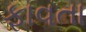
ફાવતા